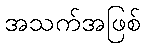
အသက်အဖြစ်